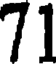
71